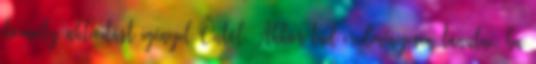
komoly aktivitást igényel Öntől. Akkor tud eredményesen tanulni, ha